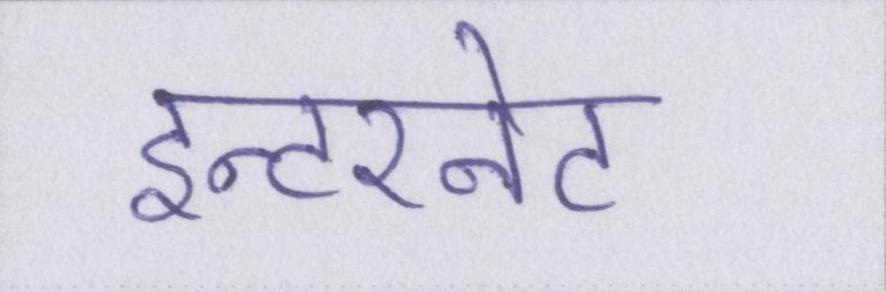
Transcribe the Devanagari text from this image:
इन्टरनेट